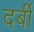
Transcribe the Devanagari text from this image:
दर्बी